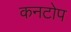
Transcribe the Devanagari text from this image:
कनटोप